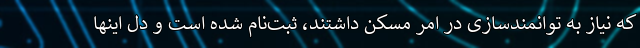
که نیاز به توانمندسازی در امر مسکن داشتند، ثبت‌نام شده است و دل اینها